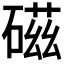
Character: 𥔵